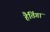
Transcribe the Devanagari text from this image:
हैतिंगा